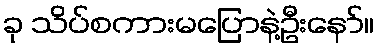
ခု သိပ်စကားမပြောနဲ့ဦးနော်။